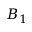
B _ { 1 }